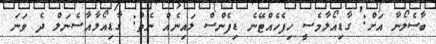
ބާސެލޯނާ އަށް: ގާޑިއޯލާމެސީ ހިފެހެއްޓޭނެ ޑިފެންސް ލައިނެއް ނެތް: ގާޑިއޯލާއާސެނަލް ދެ ވަނަ